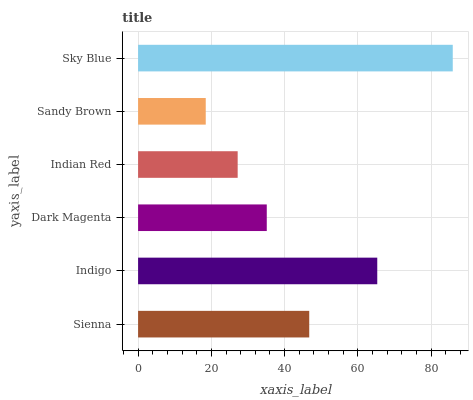
| yaxis_label | bars |
 | --- | --- |
 | Sienna | 46.7 |
 | Indigo | 65.3 |
 | Dark Magenta | 35.1 |
 | Indian Red | 27.2 |
 | Sandy Brown | 18.5 |
 | Sky Blue | 85.9 |